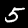
Label: 5